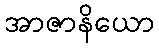
အာဇာနိယော